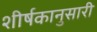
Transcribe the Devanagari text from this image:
शीर्षकानुसारी